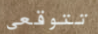
تتوقعي